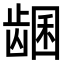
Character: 𬺊